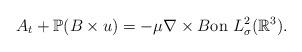
LaTeX: \begin{align*}A_t+\mathbb{P}(B\times u)=-\mu\nabla \times B\textrm{on}\ L^{2}_{\sigma}(\mathbb{R}^{3}).\end{align*}